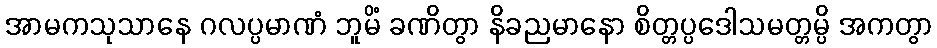
အာမကသုသာနေ ဂလပ္ပမာဏံ ဘူမိံ ခဏိတွာ နိခညမာနော စိတ္တပ္ပဒေါသမတ္တမ္ပိ အကတွာ